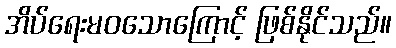
အိပ်ရေးမဝသောကြောင့် ဖြစ်နိုင်သည်။